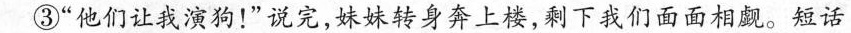
③”他们让我演狗！”说完，妹妹转身奔上楼，剩下我们面面相觑。短话